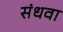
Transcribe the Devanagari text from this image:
संधवा